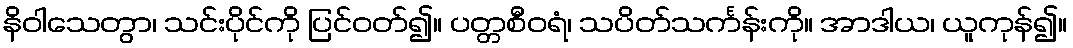
နိဝါသေတွာ၊ သင်းပိုင်ကို ပြင်ဝတ်၍။ ပတ္တစီဝရံ၊ သပိတ်သင်္ကန်းကို။ အာဒါယ၊ ယူကုန်၍။